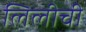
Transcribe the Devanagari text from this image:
लिलीची